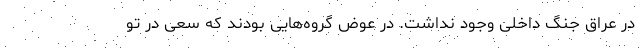
در عراق جنگ داخلی وجود نداشت. در عوض گروه‌هایی بودند که سعی در تو